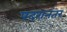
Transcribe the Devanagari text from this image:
पदरानंतर